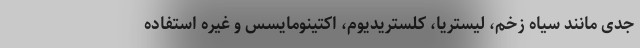
جدی مانند سیاه زخم، لیستریا، کلستریدیوم، اکتینومایسس و غیره استفاده